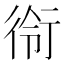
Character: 衑